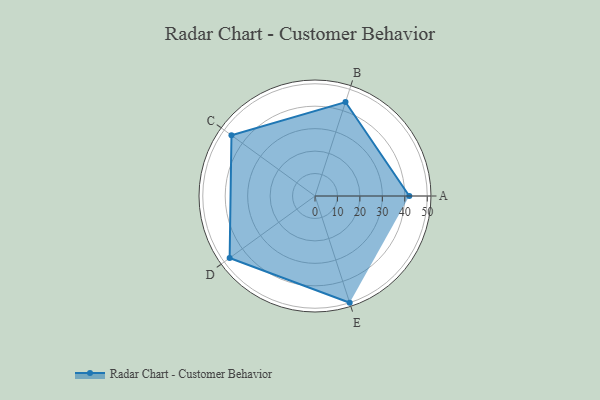
{"axis": {"x": "Skill", "y": "Score"}, "legend": ["Profile"], "data": [{"x": "A", "y": 42.0, "type": "Profile"}, {"x": "B", "y": 44.0, "type": "Profile"}, {"x": "C", "y": 46.0, "type": "Profile"}, {"x": "D", "y": 47.0, "type": "Profile"}, {"x": "E", "y": 50.0, "type": "Profile"}]}